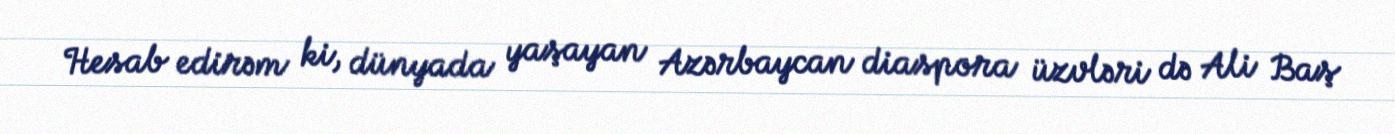
Hesab edirəm ki, dünyada yaşayan Azərbaycan diaspora üzvləri də Ali Baş